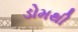
ડોમથી